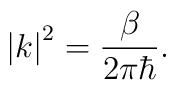
\left| k\right| ^2=\frac \beta {2\pi \hbar }.